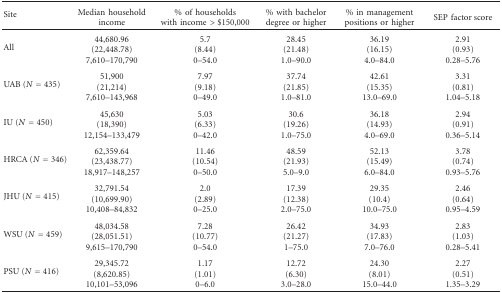
<table><thead><tr><td><b>Site</b></td><td><b>Medianhouseholdincome</b></td><td><b>%ofhouseholds withincome&gt;$150,000</b></td><td><b>%withbachelor degreeorhigher</b></td><td><b>%inmanagement positionsorhigher</b></td><td><b>SEPfactor score</b></td></tr></thead><tbody><tr><td>All</td><td>44,680.96 (22,448.78) 7,610–170,790</td><td>5.7(8.44)0–54.0</td><td>28.45(21.48)1.0–90.0</td><td>36.19(16.15)4.0–84.0</td><td>2.91(0.93)0.28–5.76</td></tr><tr><td>UAB (<i>N</i> = 435)</td><td>51,900 (21,214) 7,610–143,968</td><td>7.97(9.18)0–49.0</td><td>37.74(21.85)1.0–81.0</td><td>42.61(15.35) 13.0–69.0</td><td>3.31(0.81)1.04–5.18</td></tr><tr><td>IU (<i>N</i> = 450)</td><td>45,630(18,390) 12,154–133,479</td><td>5.03(6.33)0–42.0</td><td>30.6(19.26)1.0–75.0</td><td>36.18(14.93) 4.0–69.0</td><td>2.94(0.91)0.36–5.14</td></tr><tr><td>HRCA (<i>N</i> = 346)</td><td>62,359.64(23,438.77) 18,917–148,257</td><td>11.46(10.54)0–50.0</td><td>48.59(21.93)5.0–9.0</td><td>52.13(15.49) 6.0–84.0</td><td>3.78(0.74)0.93–5.76</td></tr><tr><td>JHU (<i>N</i> = 415)</td><td>32,791.54(10,699.90) 10,408–84,832</td><td>2.0(2.89)0–25.0</td><td>17.39(12.38)2.0–75.0</td><td>29.35(10.4) 10.0–75.0</td><td>2.46(0.64) 0.95–4.59</td></tr><tr><td>WSU (<i>N</i> = 459)</td><td>48,034.58(28,051.51) 9,615–170,790</td><td>7.28(10.77)0–54.0</td><td>26.42(21.27)1–75.0</td><td>34.93(17.83)7.0–76.0</td><td>2.83(1.03)0.28–5.41</td></tr><tr><td>PSU (<i>N</i> = 416)</td><td>29,345.72(8,620.85) 10,101–53,096</td><td>1.17(1.01)0–6.0</td><td>12.72(6.30)3.0–28.0</td><td>24.30(8.01) 15.0–44.0</td><td>2.27(0.51) 1.35–3.29</td></tr></tbody></table>